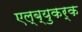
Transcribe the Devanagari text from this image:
एल्ब्युकर्क